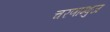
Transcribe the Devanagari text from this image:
चरणाम्बुज